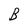
Character: B